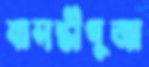
বাসন্তীপূজা